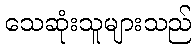
သေဆုံးသူများသည်